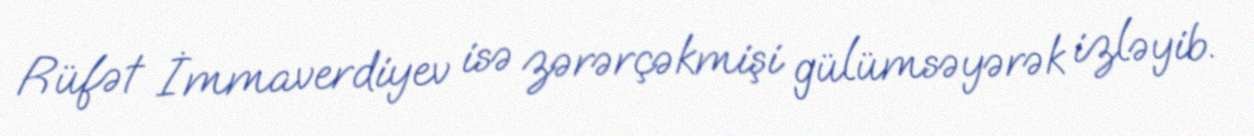
Rüfət İmmaverdiyev isə zərərçəkmişi gülümsəyərək izləyib.